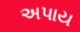
અપાય